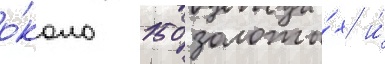
о́коло 150 золоты́х и́